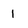
Character: 1